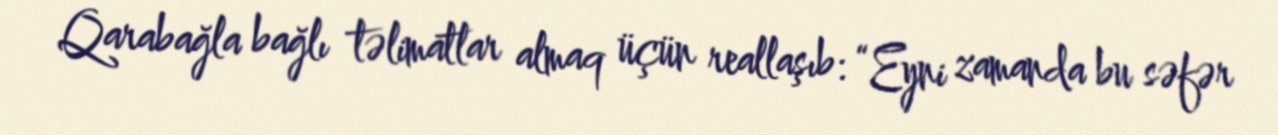
Qarabağla bağlı təlimatlar almaq üçün reallaşıb: “Eyni zamanda bu səfər